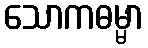
သောကဓမ္မာ